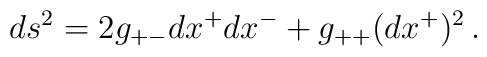
ds^2=2g_{+-}dx^+dx^-+g_{++}(dx^+)^2\,.